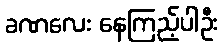
ခဏလေး နေကြည့်ပါဦး